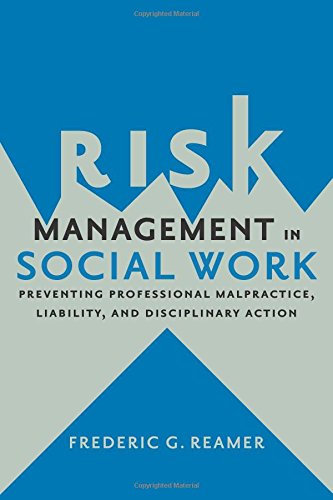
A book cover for Risk Management in Social Work: Preventing Professional Malpractice, Liability, and Disciplinary Action; Frederic G. Reamer; Law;